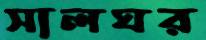
সালঘর